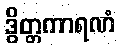
ဒွိတ္တကာရဏံ